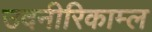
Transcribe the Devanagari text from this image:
उदनीरिकाम्ल